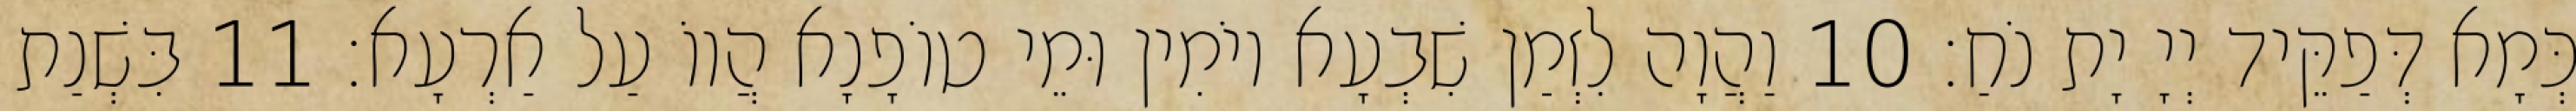
כְּמָא דְּפַקֵּיד יְיָ יָת נֹחַ׃ 10 וַהֲוָה לִזְמַן שִׁבְעָא יוֹמִין וּמֵי טוֹפָנָא הֲווֹ עַל אַרְעָא׃ 11 בִּשְׁנַת